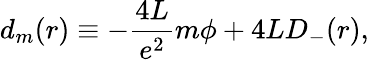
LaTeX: d_{m}(r)\equiv-\frac{4L}{e^{2}}m{\phi}+4LD_{-}(r),